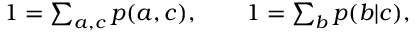
\begin{array} { r } { 1 = \sum _ { a , c } p ( a , c ) , \qquad 1 = \sum _ { b } p ( b | c ) , } \end{array}